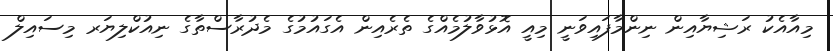
މިއާއެކު ރަޝިޔާއިން ނިންމާފައިވަނީ މިއީ އޮޅުވާލުމެއްގެ ތެރެއިން އެގައުމުގެ މެދުރާސްތާގެ ނިއުކްލިޔަރ މިސައިލް